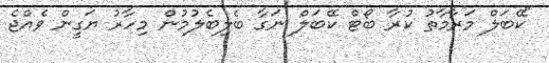
"ކޭބަލް މަރާމާތު ކުރާ ބޯޓް ކޭބަލް ނަގާ ބެލިބެލުމުން މިހާރު ޔަގީން ވެއްޖެ